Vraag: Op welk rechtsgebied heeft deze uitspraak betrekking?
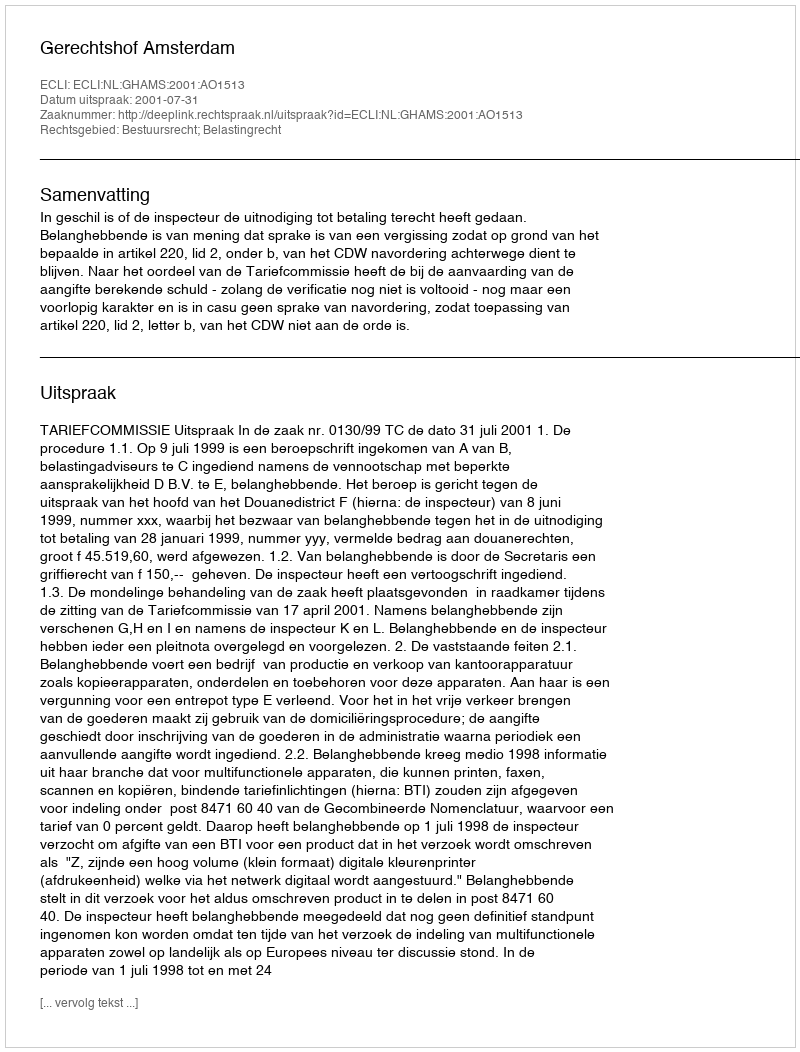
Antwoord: Bestuursrecht; Belastingrecht